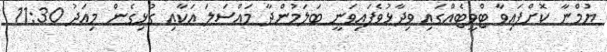
ޔުމްނާ ކޮށްފައިވާ ޓްވީޓެއްގައި ވިދާޅުވެފައިވަނީ ބަލަމުންދާ މައްސަލަ އަކާއި ގުޅިގެން މިއަދު 11:30